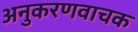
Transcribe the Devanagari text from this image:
अनुकरणवाचक